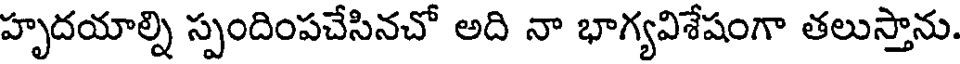
హృదయాల్ని స్పందింపచేసినచో అది నా భాగ్యవిశేషంగా తలుస్తాను.